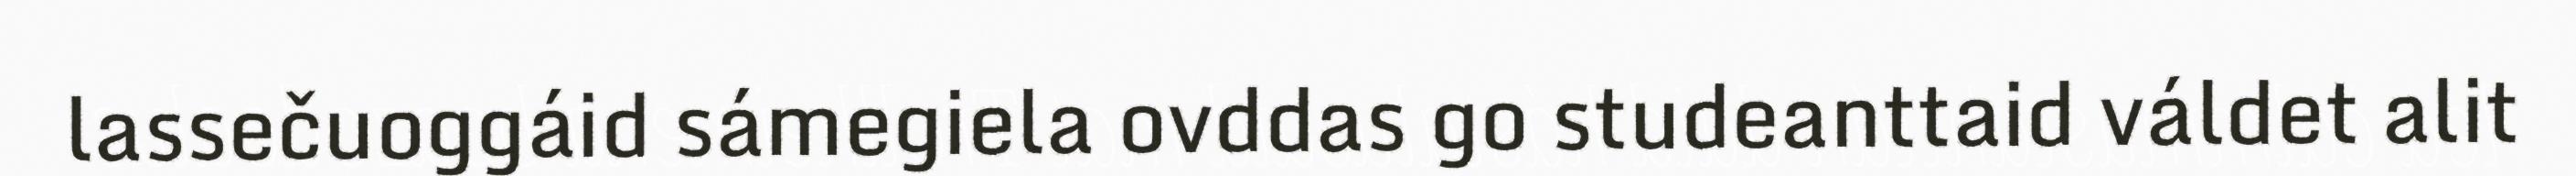
lassečuoggáid sámegiela ovddas go studeanttaid váldet alit